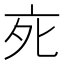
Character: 𬽇